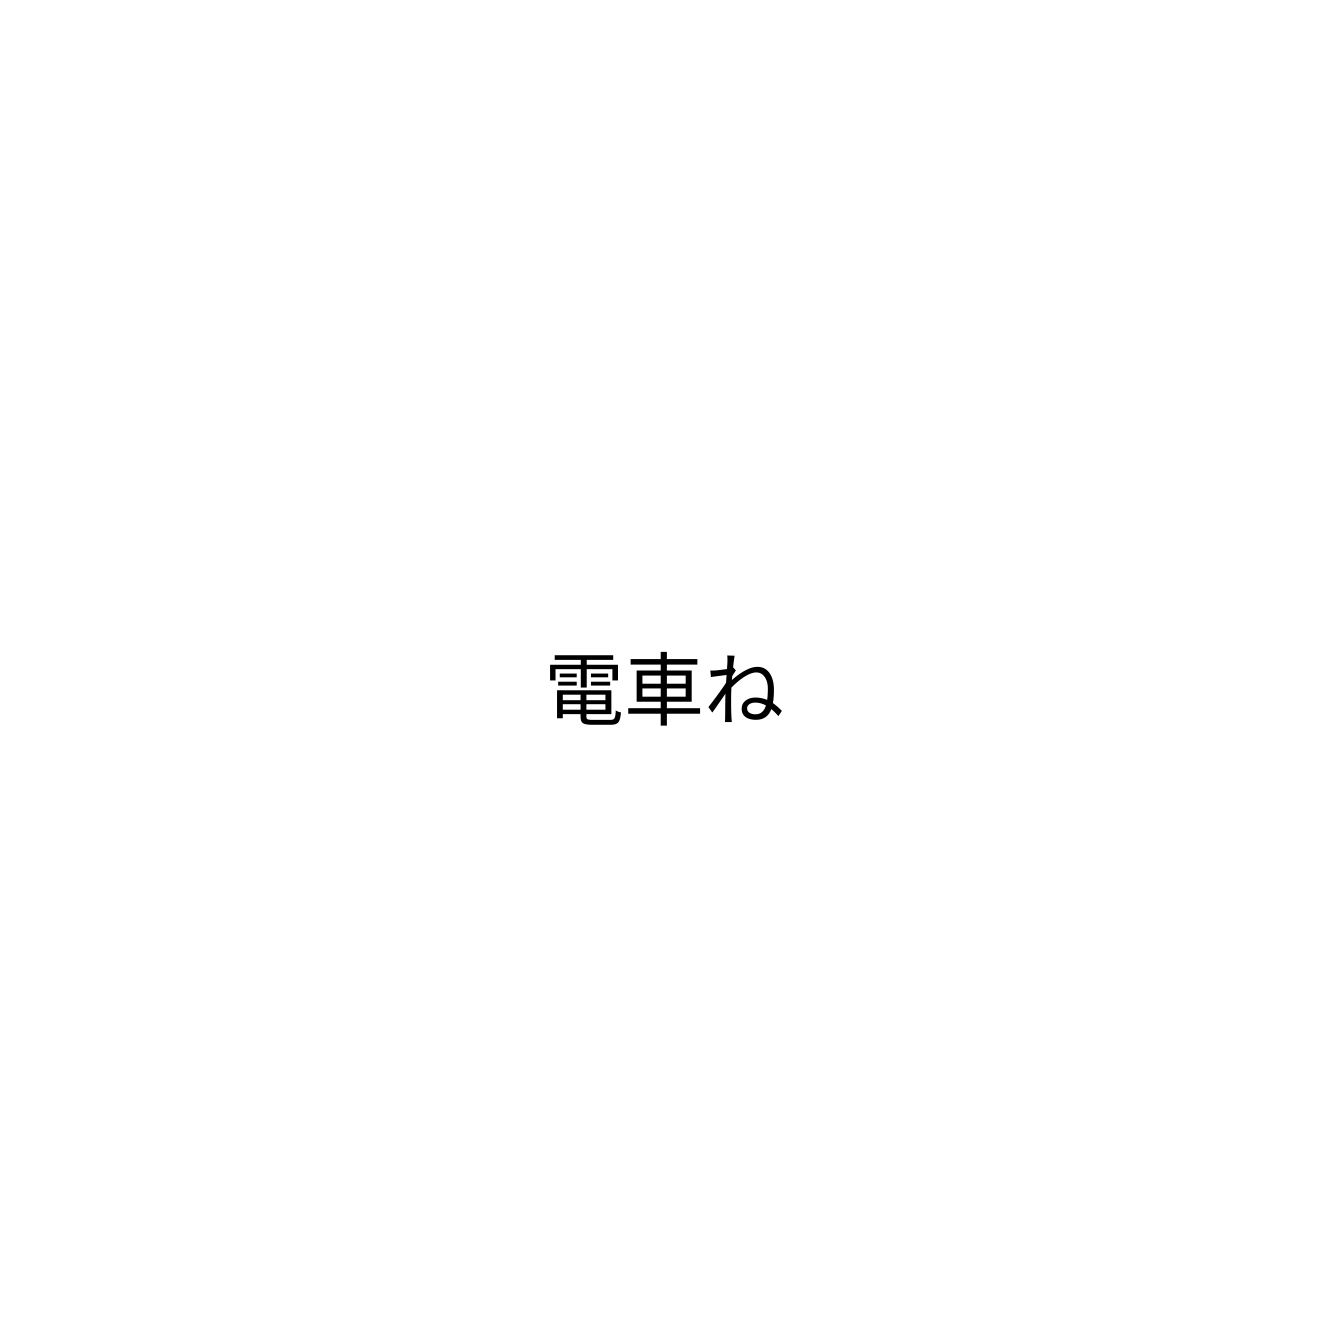
電車ね